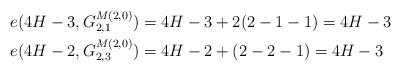
LaTeX: \begin{align*} e(4H-3,G^{M(2,0)}_{2,1}) &=4H-3+2(2-1-1)=4H-3\\ e(4H-2,G^{M(2,0)}_{2,3}) &=4H-2+(2-2-1)=4H-3\end{align*}